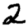
Digit: 2